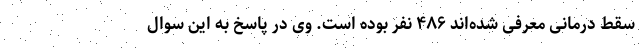
سقط درمانی معرفی شده‌اند ۴۸۶ نفر بوده است. وی در پاسخ به این سوال